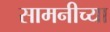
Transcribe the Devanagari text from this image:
सामनीच्या